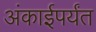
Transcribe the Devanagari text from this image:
अंकाईपर्यंत